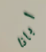
ابانا